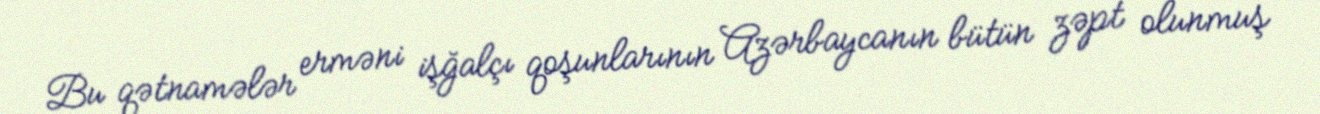
Bu qətnamələr erməni işğalçı qoşunlarının Azərbaycanın bütün zəpt olunmuş